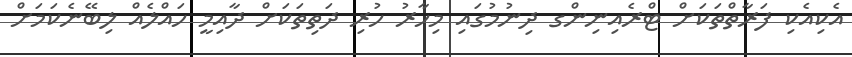
އެކިއެކި ފަރާތްތަކަށް ޓްރެއިނިންގ ދިނުމުގައި މިހާރު ހުރި ދަތިތަކަށް ދާއިމީ ހައްލެއް ލިބޭނެކަމަށް